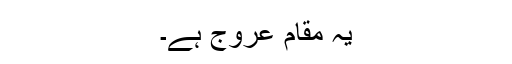
یہ مقام عروج ہے۔